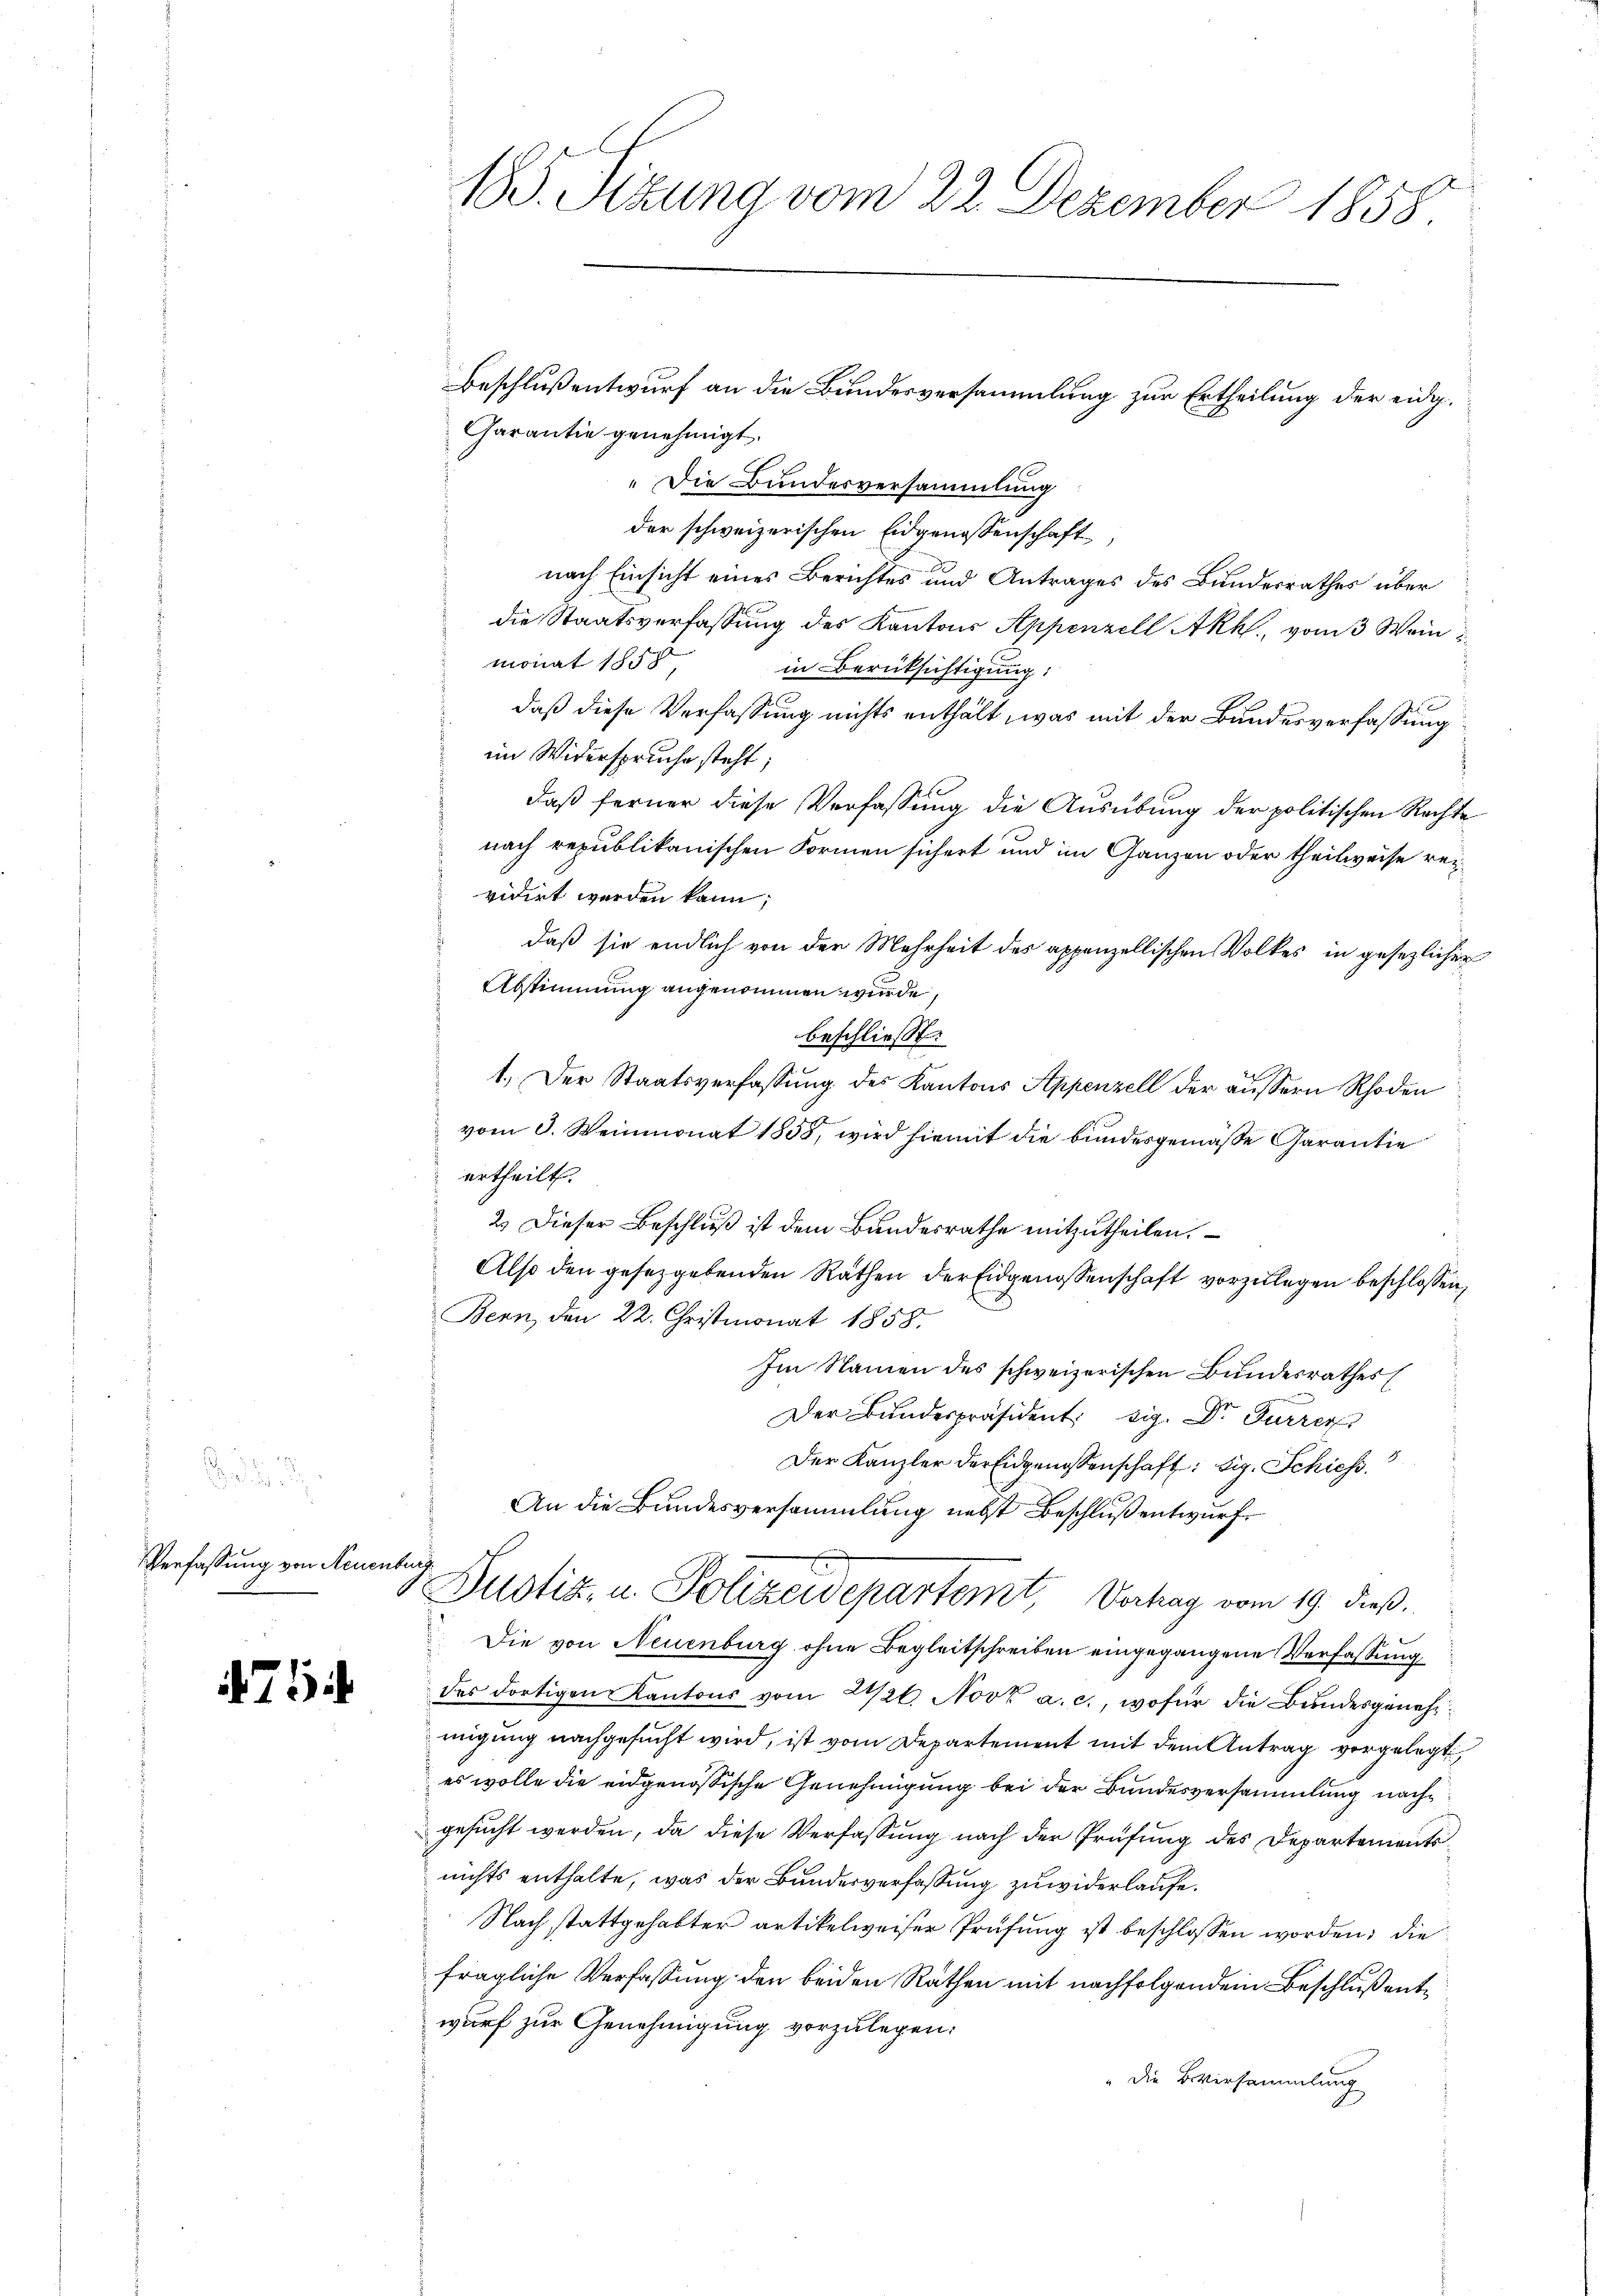
Verfaßung von Neuenburg

75

185. Sizung vom 22. Dezember 1858.
Beschluß entwurf an die Bundesversammlung zur Ertheilung der eidg.
Garantie genehmigt.

Die Bundesversammlung
der schweizerischen Eidgenossenschaft
nach Einsicht eines Berichtes und Antrages des Bundesrathes über
die Staatsverfassung des Kantons Appenzell Akh, vom 3 Wein
monat sch
in Berücksichtigung:
daß diese Verfassung nichts enthält, was mit der Bundesverfassung
im Widerspruche steht;
daß ferner diese Verfassung die Ausübung der politischen Rechte
nach republikanischen Formen sichert und im Ganzen oder theilweise reividirt werden kann;
daß sie endlich von der Mehrheit des appenzellischen Volkes in gesezlicher
Abstimmung angenommen wurde,
beschließt:
1. Der Staatsverfassung des Kantons Appenzell der äussern Rhoden
vom 3. Weinmonat 1858, wird hiemit die bundesgemäße Garantie
ertheilt.
2.) Dieser Beschluß ist dem Bundesrathe mitzutheilen.
Also den gesetzgebenden Räthen der Eidgenossenschaft vorzulegen beschlossen,
Bern, den 22. Christmonat 1858.
Im Namen des schweizerischen Bundesrathes
Der Bundespräsident sig. Dr Furrer
Der Kanzler der Eidgenossenschaft: big. Schiess
An die Bundesversammlung nebst Beschluß entwurf.
 Justiz, u. Polizeidepartemt, Verhag vom 19. dieß.
Die von Neuenburg ohne Begleitschreiben eingegangene Verfassung
des dortigen Kantons vom 21/26. Novz a. c., wofür die Bundesgenehmigung nachgesucht wird, ist vom Departement mit dem Antrag vorgelegt,
es wolle die eidgenössische Genehmigung bei der Bundesversammlung nachgesucht werden, da diese Verfassung nach der Prüfung des Departements
nichts enthalte, was der Bundesverfassung zuwiderlaufe.
Nach stattgehabter artikelweiser Prüfung ist beschlossen worden, die
fragliche Verfassung den beiden Räthen mit nachfolgendem Beschluß entwurf zur Genehmigung vorzulegen:
" die Beversammlung